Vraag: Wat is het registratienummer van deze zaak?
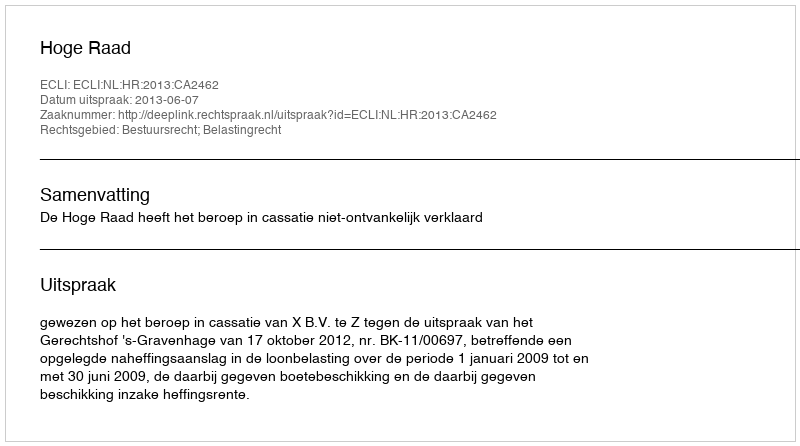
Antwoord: http://deeplink.rechtspraak.nl/uitspraak?id=ECLI:NL:HR:2013:CA2462